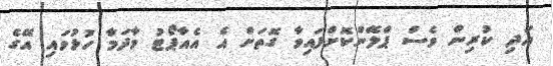
އަދި ކުރިން ވެސް ޕްލޭންކޮށްފައިވާ ގޮތަށް އެ އެއާޕޯޓު މާދަމާ ހުޅުވައި އޭގެ